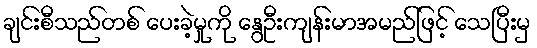
ချင်းစီသည်တစ် ပေးခဲ့မှုကို နွေဦးကျန်းမာအမည်ဖြင့် သေပြီးမှ